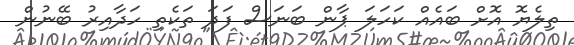
ތިލެޔޮ އޮށް ބައެއް ކަހަލަ ޕާން ބަނަސް ފަދަ ތަކެތި ހަދާއިރު ބޭނުން